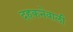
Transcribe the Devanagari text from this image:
दहकनेवाली